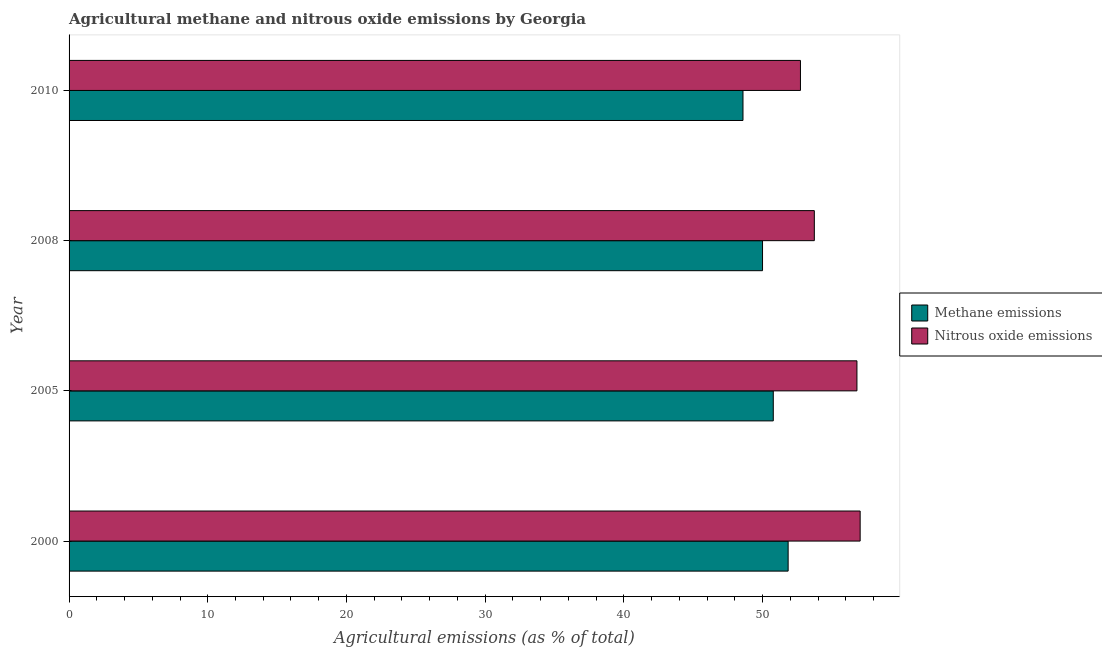
| Year | Methane emissions | Nitrous oxide emissions |
 | --- | --- | --- |
 | 2000 | 51.8 | 57 |
 | 2005 | 50.8 | 56.8 |
 | 2008 | 50 | 53.7 |
 | 2010 | 48.6 | 52.7 |